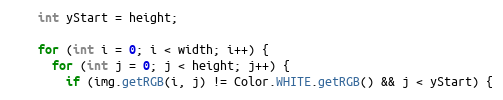
Language: Java
    int yStart = height;

    for (int i = 0; i < width; i++) {
      for (int j = 0; j < height; j++) {
        if (img.getRGB(i, j) != Color.WHITE.getRGB() && j < yStart) {